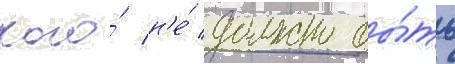
кого́ н'е́ должно бы́ть